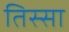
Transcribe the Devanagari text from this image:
तिस्सा